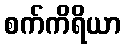
စက်ကိရိယာ